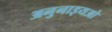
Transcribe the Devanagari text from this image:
अनुनाइयओ